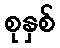
စုနှစ်